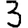
Digit: 3